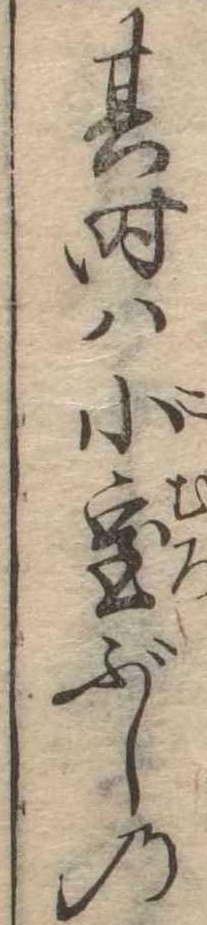
其時は小室ぶしの